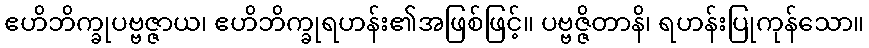
ဧဟိဘိက္ခုပဗ္ဗဇ္ဇာယ၊ ဧဟိဘိက္ခုရဟန်း၏အဖြစ်ဖြင့်။ ပဗ္ဗဇ္ဇိတာနိ၊ ရဟန်းပြုကုန်သော။